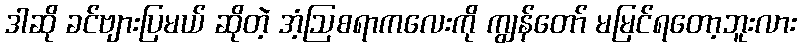
ဒါဆို ခင်ဗျားပြမယ် ဆိုတဲ့ အံ့ဩစရာကလေးကို ကျွန်တော် မမြင်ရတော့ဘူးလား